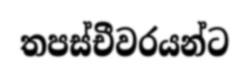
තපස්චීවරයන්ට